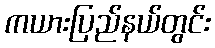
ကယားပြည်နယ်တွင်း